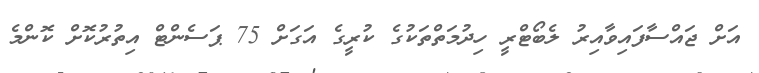
އަށް ޖައްސާފައިވާއިރު ލެބޯޓްރީ ހިދުމަތްތަކުގެ ކުރީގެ އަގަށް 75 ޕަސެންޓް އިތުރުކޮށް ކޮންމެ